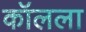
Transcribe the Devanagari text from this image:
कॉलला